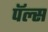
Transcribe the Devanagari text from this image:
पॅल्स